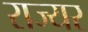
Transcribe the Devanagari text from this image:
राज्यर